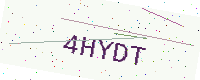
Text: 4HYDT